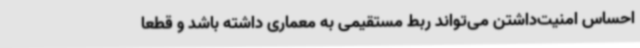
احساس امنیت‌داشتن می‌تواند ربط مستقیمی به معماری داشته باشد و قطعا